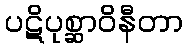
ပဋိပုစ္ဆာဝိနီတာ